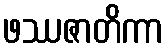
ဖဿဇာတိကာ